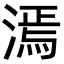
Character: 漹